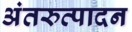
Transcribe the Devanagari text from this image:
अंतरुत्पादन